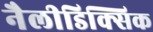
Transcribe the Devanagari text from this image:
नैलीडिक्सिक